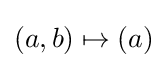
{\textstyle (a,b)\mapsto (a)}